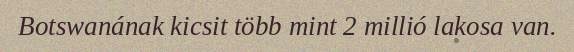
Botswanának kicsit több mint 2 millió lakosa van.